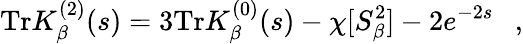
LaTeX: \mathrm{Tr}K_{\beta}^{(2)}(s)=3\mathrm{Tr}K_{\beta}^{(0)}(s)-\chi[S_{\beta}^{2}]-2e^{-2s}~~~,